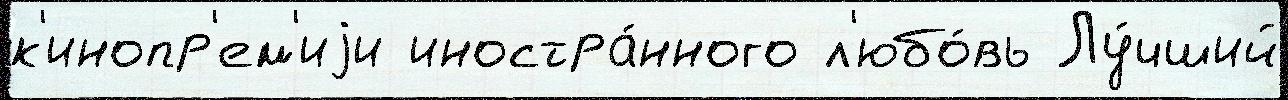
к'инопр'ем'иjи иностра́нного л'юбо́вь Лу́чший